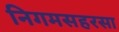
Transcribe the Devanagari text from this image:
निगमसहरसा